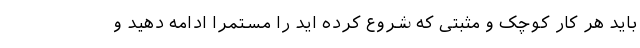
باید هر کار کوچک و مثبتی که شروع کرده اید را مستمراً ادامه دهید و